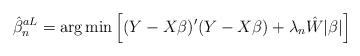
LaTeX: \begin{align*}\hat{\beta}_n^{aL} = \mbox{arg}\min\left[(Y-X\beta)'(Y-X\beta) + \lambda_n \hat{W}|\beta|\right]\end{align*}